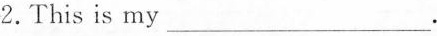
2. This is my___ .